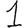
Digit: 1